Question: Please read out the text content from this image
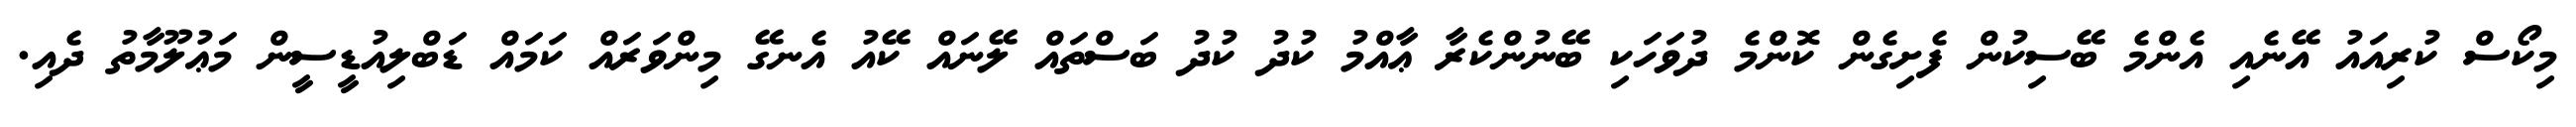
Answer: މިކޯސް ކުރިއައު އޭނެއި އެންމެ ބޭސިކުން ފެށިގެން ކޮންމެ ދުވަހަކި ބޭނުންކެރާ ޢާއްމު ކުދު ކުދު ބަސްތައް ލޭނައް ކޭއު އެނގޭ މިންވަރައް ކަމައް ޑަބްލިއުޑީސީން މަޢުލޫމާތު ދެއި.